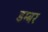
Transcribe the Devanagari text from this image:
डम्‍बर